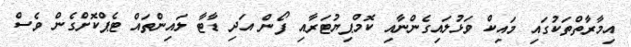
އިމާރާތްތަކުގައި މައިކް ވަޅުލައިގެންނާއި ކޮމްޕިޔުޓަރާއި ފޯން އަދި ޑާޓާ ލައިންތައް ޓެޕްކޮށްގެން ވެސް